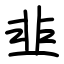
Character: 韭